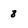
Character: 8